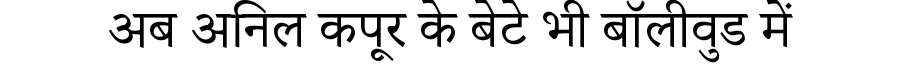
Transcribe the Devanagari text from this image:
अब अनिल कपूर के बेटे भी बॉलीवुड में